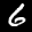
Label: 6